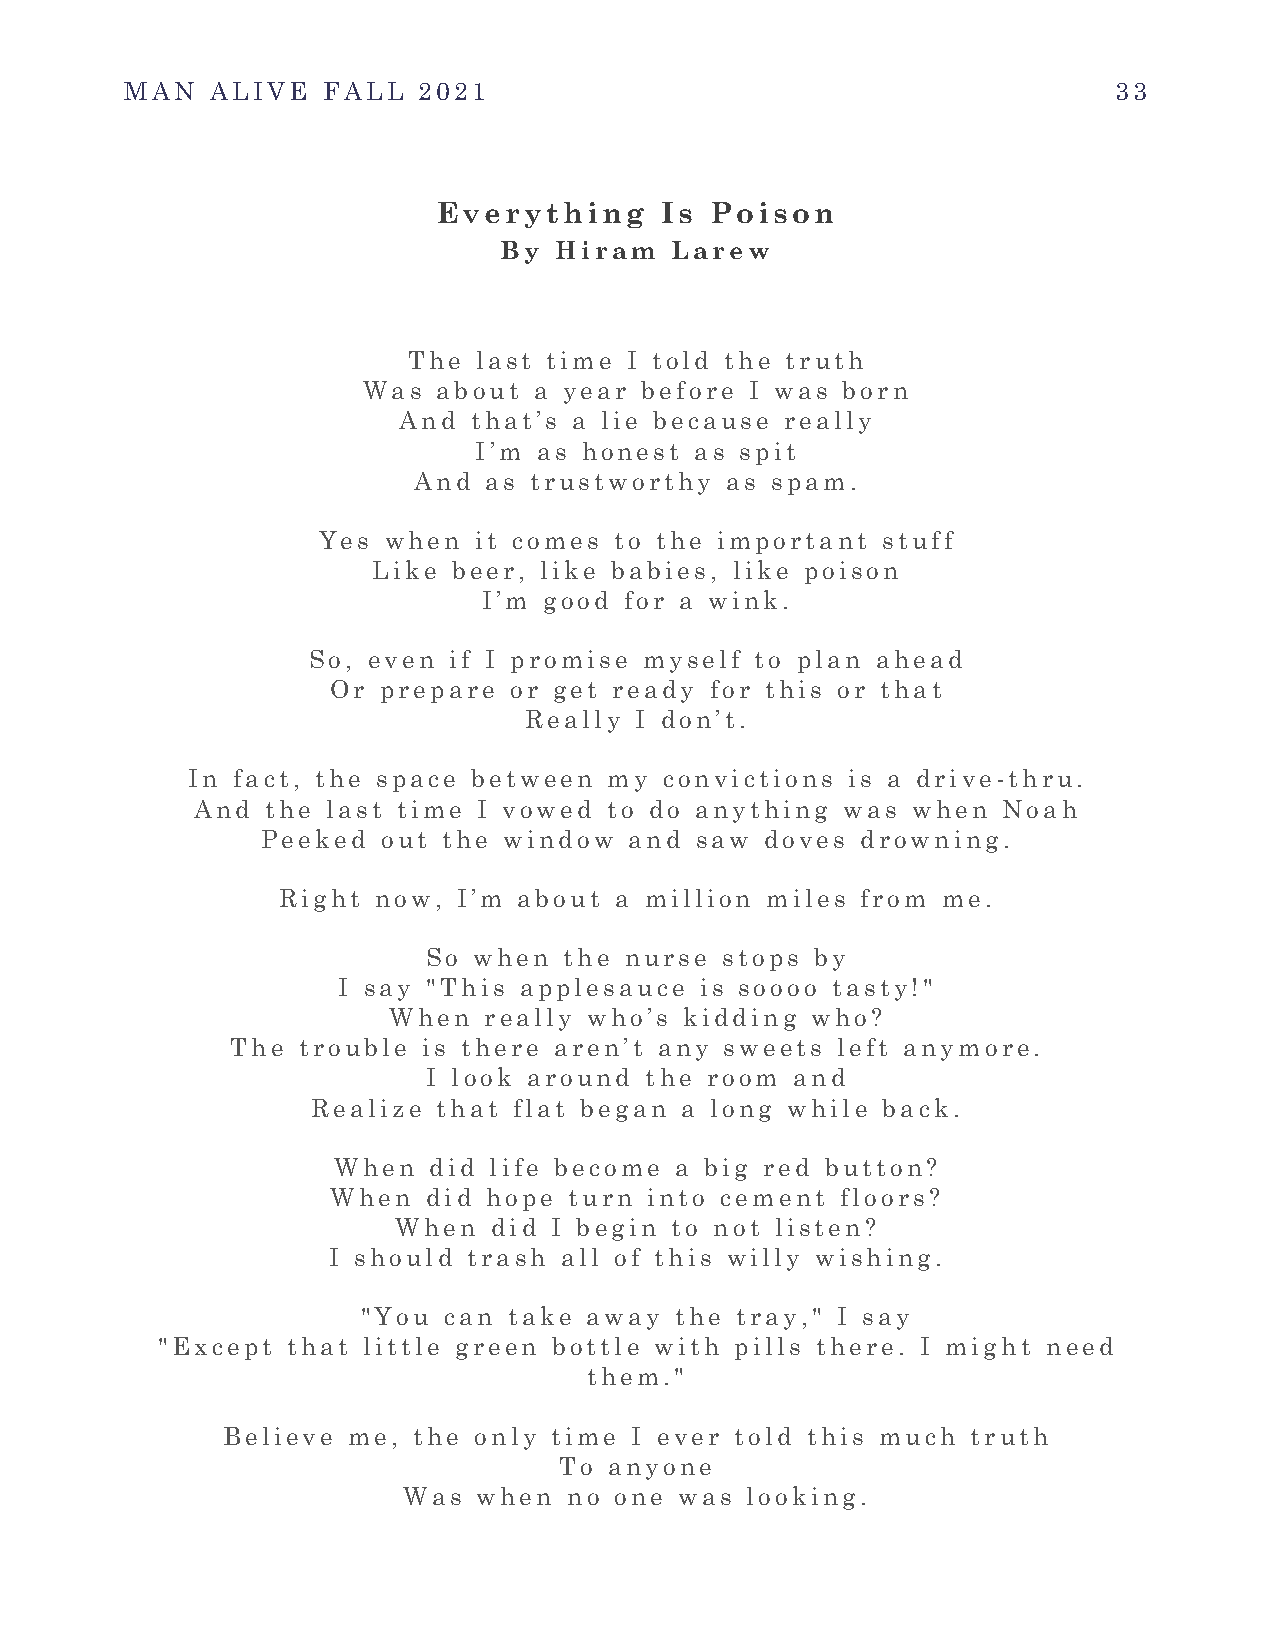
MAN   ALIVE  FALL   2021                                          33
 Everything     Is Poison
 By  Hiram  Larew
 The last time I told the truth
 Was  about a year before  I was born
 And  that’s a lie because really
 I’m  as honest as spit
 And  as trustworthy  as spam.
 Yes when  it comes  to the important stuff
 Like beer, like babies, like poison
 I’m good for a wink.
 So, even  if I promise myself to plan ahead
 Or prepare  or get ready for this or that
 Really I don’t.
 In fact, the space between  my  convictions is a drive- thru.
 And  the last time I vowed to do anything  was when  Noah
 Peeked  out the window   and saw  doves drowning.
 Right  now, I’m about  a million miles from me.
 So when  the nurse  stops by
 I say "This applesauce  is soooo tasty!"
 When  really who’s kidding  who?
 The  trouble is there aren’t any sweets left anymore.
 I look around  the room and
 Realize that flat began a long while back.
 When  did life become  a big red button?
 When  did hope  turn into cement  floors?
 When   did I begin to not listen?
 I should trash all of this willy wishing.
 "You can  take away  the tray," I say
 "Except  that little green bottle with pills there. I might need
 them."
 Believe me, the only time  I ever told this much truth
 To anyone
 Was  when  no one was looking.